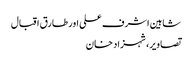
شاہین اشرف علی اور طارق اقبال
تصاویر، شہزاد خان